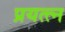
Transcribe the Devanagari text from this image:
प्रयत्त्‍न